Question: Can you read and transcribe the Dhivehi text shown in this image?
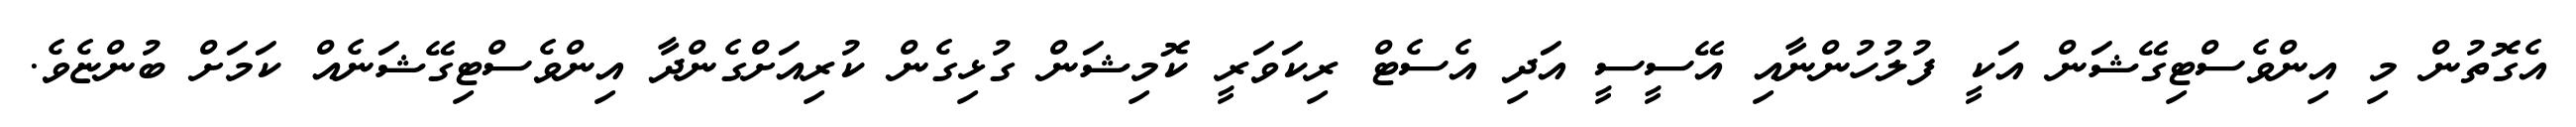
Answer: އެގޮތުން މި އިންވެސްޓިގޭޝަން އަކީ ފުލުހުންނާއި އޭސީސީ އަދި އެސެޓް ރިކަވަރީ ކޮމިޝަން ގުޅިގެން ކުރިއަށްގެންދާ އިންވެސްޓިގޭޝަނެއް ކަމަށް ބުންޏެވެ.